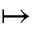
\mapsto